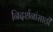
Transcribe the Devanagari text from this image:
निदर्शनांसाठी